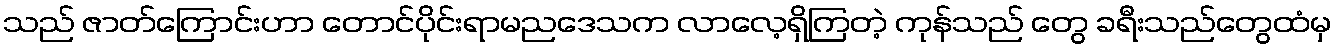
သည် ဇာတ်ကြောင်းဟာ တောင်ပိုင်းရာမညဒေသက လာလေ့ရှိကြတဲ့ ကုန်သည် တွေ ခရီးသည်တွေထံမှ